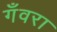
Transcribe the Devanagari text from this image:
गँवरा